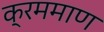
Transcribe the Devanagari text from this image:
क्रममाण